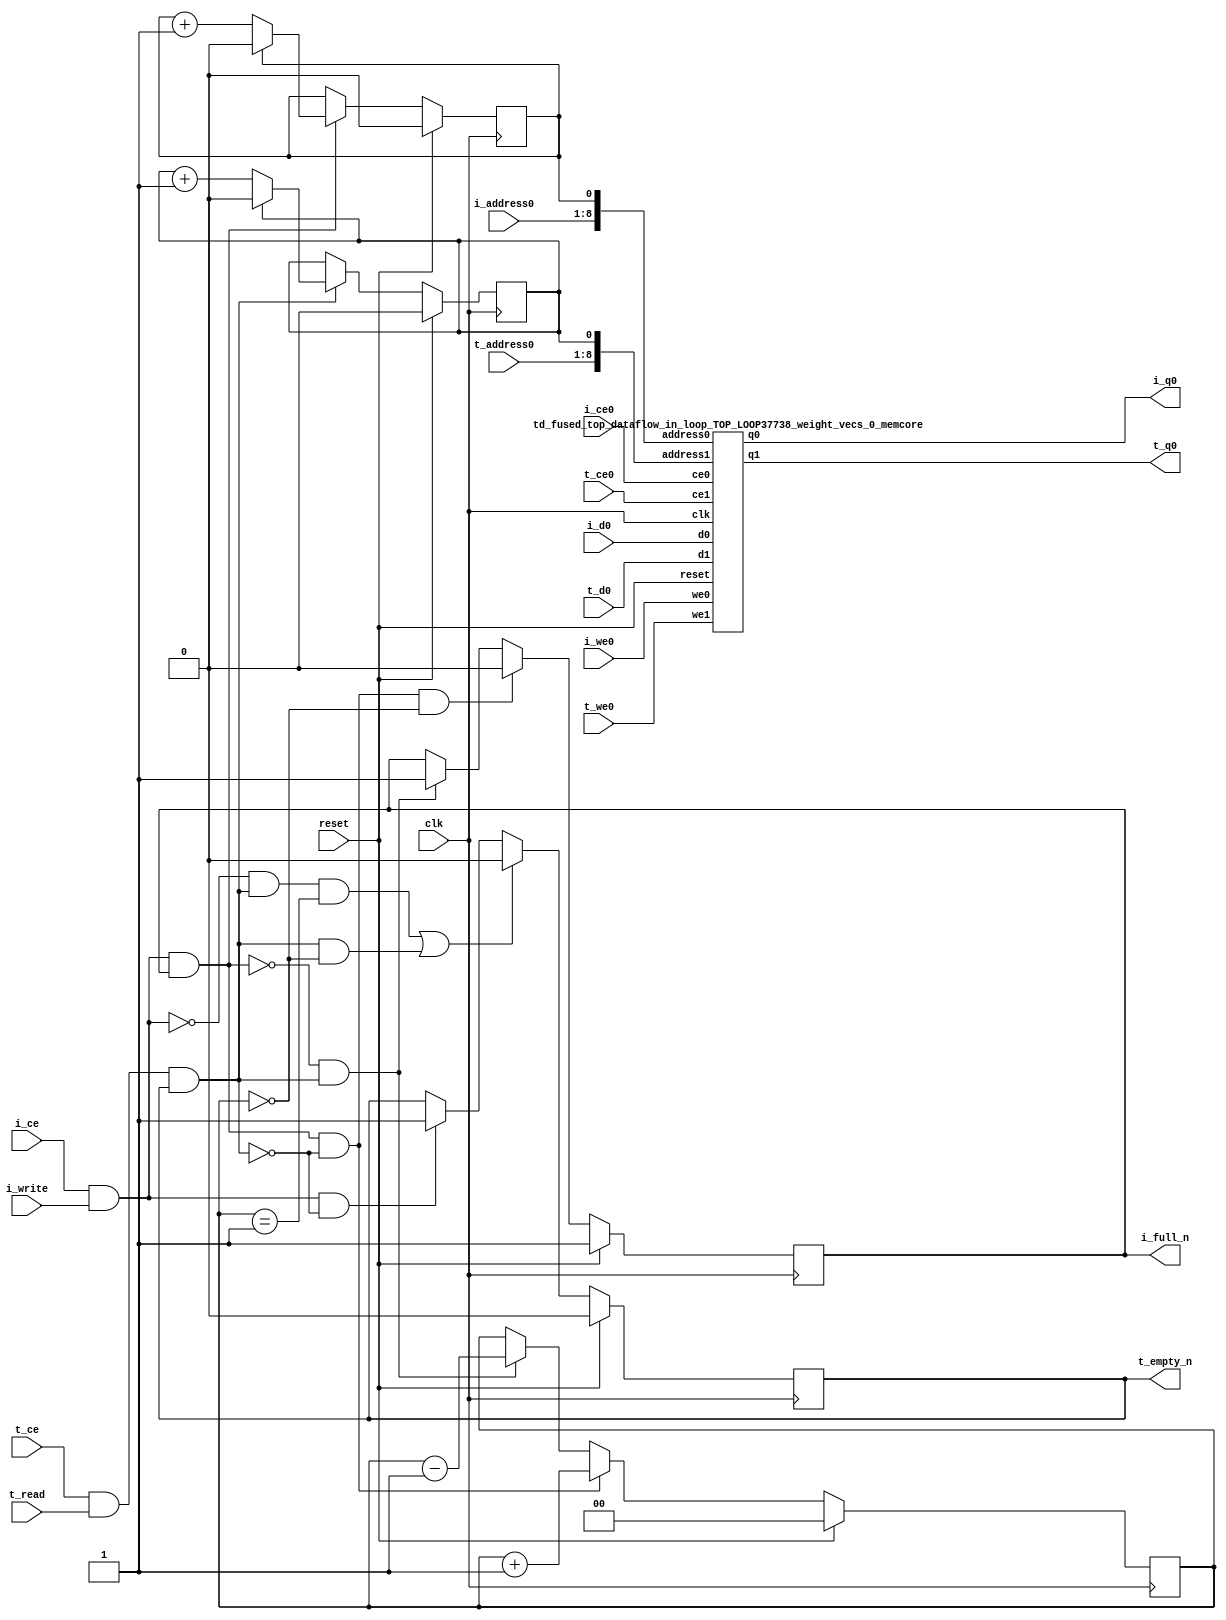
`define EXPONENT 5
`define MANTISSA 10
`define ACTUAL_MANTISSA 11
`define EXPONENT_LSB 10
`define EXPONENT_MSB 14
`define MANTISSA_LSB 0
`define MANTISSA_MSB 9
`define MANTISSA_MUL_SPLIT_LSB 3
`define MANTISSA_MUL_SPLIT_MSB 9
`define SIGN 1
`define SIGN_LOC 15
`define DWIDTH (`SIGN+`EXPONENT+`MANTISSA)
`define IEEE_COMPLIANCE 1

module td_fused_top_dataflow_in_loop_TOP_LOOP37738_weight_vecs_0
#(parameter
    DataWidth    = 16,
    AddressRange = 32,
    AddressWidth = 8,
    BufferCount  = 2,
    IndexWidth   = 1
) (
    // system signals
    input  wire                    clk,
    input  wire                    reset,
    // initiator
    input  wire                    i_ce,
    input  wire                    i_write,
    output wire                    i_full_n,
    input  wire                    i_ce0,
    input  wire                    i_we0,
    input  wire [AddressWidth-1:0] i_address0,
    input  wire [DataWidth-1:0]    i_d0,
    output wire [DataWidth-1:0]    i_q0,
    // target
    input  wire                    t_ce,
    input  wire                    t_read,
    output wire                    t_empty_n,
    input  wire                    t_ce0,
    input  wire                    t_we0,
    input  wire [AddressWidth-1:0] t_address0,
    input  wire [DataWidth-1:0]    t_d0,
    output wire [DataWidth-1:0]    t_q0
);
//------------------------Local signal-------------------
// control/status
reg  [IndexWidth-1:0]   iptr    = 1'b0; // initiator index
reg  [IndexWidth-1:0]   tptr    = 1'b0; // target index
reg  [IndexWidth:0]     count   = 1'b0; // count of written buffers
reg                     full_n  = 1'b1; // whether all buffers are written
reg                     empty_n = 1'b0; // whether none of the buffers is written
wire                    push_buf;       // finish writing a buffer
wire                    write_buf;      // write a buffer
wire                    pop_buf;        // finish reading a buffer
wire [AddressWidth+IndexWidth-1:0]   memcore_iaddr;
wire [AddressWidth+IndexWidth-1:0]   memcore_taddr;

//------------------------Instantiation------------------
assign memcore_iaddr = {i_address0, iptr};
assign memcore_taddr = {t_address0, tptr};
td_fused_top_dataflow_in_loop_TOP_LOOP37738_weight_vecs_0_memcore td_fused_top_dataflow_in_loop_TOP_LOOP37738_weight_vecs_0_memcore_U (
    .reset    ( reset ),
    .clk      ( clk ),
    .address0 ( memcore_iaddr ),
    .ce0      ( i_ce0 ),
    .we0      ( i_we0),
    .d0       ( i_d0 ),
    .q0       ( i_q0 ),
    .address1 ( memcore_taddr ),
    .ce1      ( t_ce0 ),
    .we1      ( t_we0),
    .d1       ( t_d0 ),
    .q1       ( t_q0 )

);

//------------------------Body---------------------------

//++++++++++++++++++++++++output+++++++++++++++++++++++++
assign i_full_n  = full_n;
assign t_empty_n = empty_n;
//+++++++++++++++++++++++++++++++++++++++++++++++++++++++

//++++++++++++++++++++++++control/status+++++++++++++++++
assign push_buf = i_ce & i_write & full_n;
assign write_buf = i_ce & i_write;
assign pop_buf  = t_ce & t_read & empty_n;

// iptr
always @(posedge clk) begin
    if (reset == 1'b1)
        iptr <= 1'b0;
    else if (push_buf) begin
        if (iptr == BufferCount - 1'b1)
            iptr <= 1'b0;
        else
            iptr <= iptr + 1'b1;
    end
end

// tptr
always @(posedge clk) begin
    if (reset == 1'b1)
        tptr <= 1'b0;
    else if (pop_buf) begin
        if (tptr == BufferCount - 1'b1)
            tptr <= 1'b0;
        else
            tptr <= tptr + 1'b1;
    end
end

// count
always @(posedge clk) begin
    if (reset == 1'b1)
        count <= 1'b0;
    else if (push_buf && !pop_buf)
        count <= count + 1'b1;
    else if (!push_buf && pop_buf)
        count <= count - 1'b1;
end

// full_n
always @(posedge clk) begin
    if (reset == 1'b1)
        full_n <= 1'b1;
    else if (push_buf && !pop_buf && count == BufferCount - 2'd2)
        full_n <= 1'b0;
    else if (!push_buf && pop_buf)
        full_n <= 1'b1;
end

// empty_n
always @(posedge clk) begin
    if (reset == 1'b1)
        empty_n <= 1'b0;
    else if ((!write_buf && pop_buf && count == 1'b1)
             || (pop_buf && count == 1'b0))
        empty_n <= 1'b0;
    else if (write_buf && !pop_buf)
        empty_n <= 1'b1;
end
//+++++++++++++++++++++++++++++++++++++++++++++++++++++++

endmodule
module td_fused_top_dataflow_in_loop_TOP_LOOP37738_weight_vecs_0_memcore(
    reset,
    clk,
    address0,
    ce0,
    we0,
    d0,
    q0,
    address1,
    ce1,
    we1,
    d1,
    q1);

parameter DataWidth = 32'd16;
parameter AddressRange = 32'd288;
parameter AddressWidth = 32'd9;
input reset;
input clk;
input[AddressWidth - 1:0] address0;
input ce0;
input we0;
input[DataWidth - 1:0] d0;
output[DataWidth - 1:0] q0;
input[AddressWidth - 1:0] address1;
input ce1;
input we1;
input[DataWidth - 1:0] d1;
output[DataWidth - 1:0] q1;



td_fused_top_dataflow_in_loop_TOP_LOOP37738_weight_vecs_0_memcore_ram td_fused_top_dataflow_in_loop_TOP_LOOP37738_weight_vecs_0_memcore_ram_U(
    .clk( clk ),
    .addr0( address0 ),
    .ce0( ce0 ),
    .we0( we0 ),
    .d0( d0 ),
    .q0( q0 ),
    .addr1( address1 ),
    .ce1( ce1 ),
    .we1( we1 ),
    .d1( d1 ),
    .q1( q1 )
);

endmodule
module td_fused_top_dataflow_in_loop_TOP_LOOP37738_weight_vecs_0_memcore_ram (addr0, ce0, d0, we0, q0, addr1, ce1, d1, we1, q1,  clk);

parameter DWIDTH = 16;
parameter AWIDTH = 9;
parameter MEM_SIZE = 288;

input[AWIDTH-1:0] addr0;
input ce0;
input[DWIDTH-1:0] d0;
input we0;
output reg[DWIDTH-1:0] q0;
input[AWIDTH-1:0] addr1;
input ce1;
input[DWIDTH-1:0] d1;
input we1;
output reg[DWIDTH-1:0] q1;
input clk;

reg [DWIDTH-1:0] ram[MEM_SIZE-1:0];




always @(posedge clk)  
begin 
    if (ce0) begin
        if (we0) 
            ram[addr0] <= d0; 
        q0 <= ram[addr0];
    end
end


always @(posedge clk)  
begin 
    if (ce1) begin
        if (we1) 
            ram[addr1] <= d1; 
        q1 <= ram[addr1];
    end
end


endmodule